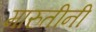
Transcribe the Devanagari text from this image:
मारुतीनी